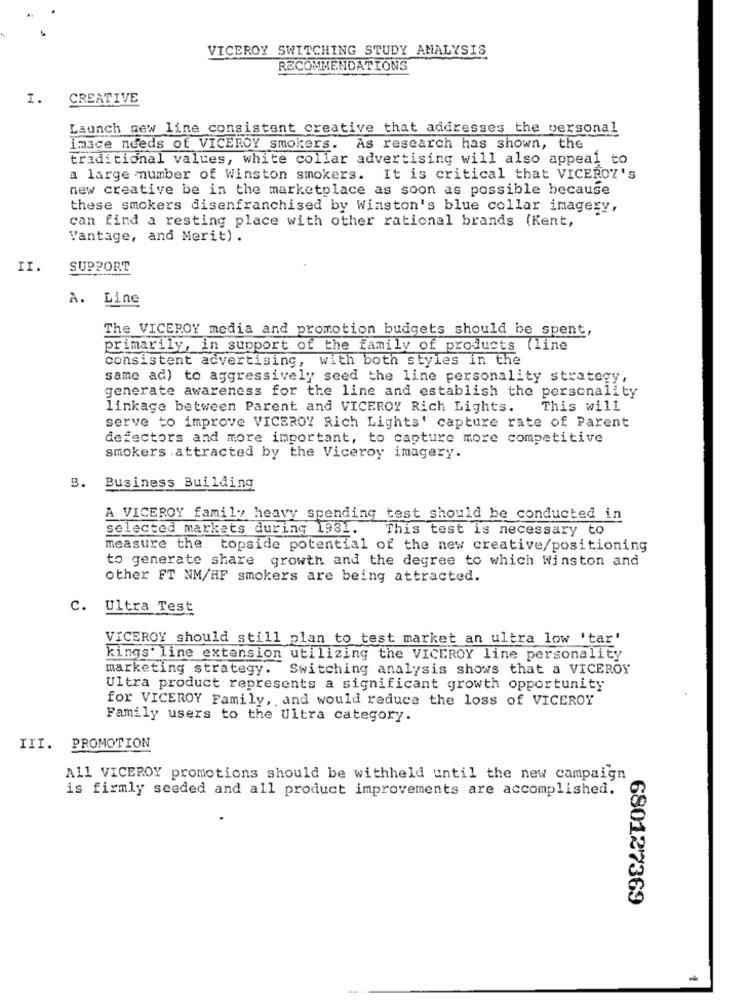
VICEROY SWITCHING STUDY ANALYSIS
RECOMMENDATIONS
I.
CREATIVE
Launch new line consistent creative that addresses the personal
imace needs of VICEROY smokers. As research has shown, the
traditional values, white collar advertising will also appeal to
a large number of Winston smokers. It is critical that VICEROY's
new creative be in the marketplace as soon as possible because
these smokers disenfranchised by Winston's blue collar imagery,
can find a resting place with other rational brands (Kent,
Vantage, and Merit) .
II.
SUPPORT
A. Line
The VICEROY media and promotion budgets should be spent,
primarily, in support of the family of products (line
consistent advertising, with both styles in the
same ad) to aggressively seed the line personality strategy,
generate awareness for the line and establish the personality
linkage between Parent and VICEROY Rich Lights.
This will
serve to improve VICEROY Rich Lights' capture rate of Parent
defectors and more important, to capture more competitive
smokers .attracted by the Viceroy imagery.
3. Business Building
A VICEROY family heavy spending test should be conducted in
selected markets during 1981. This test is necessary to
measure the
topside potential of the new creative/positioning
to generate share growth and the degree to which Winston and
other FT NM/HF smokers are being attracted.
c.
Ultra Test
VICEROY should still plan to test market an ultra low 'tar"
kings' line extension utilizing the VICEROY line personality
marketing strategy. Switching analysis shows that a VICEROY
Ultra product represents a significant growth opportunity
for VICEROY Family, and would reduce the loss of VICEROY
Family users to the Ultra category.
III. PROMOTION
All VICEROY promotions should be withheld until the new campaign
is firmly seeded and all product improvements are accomplished.
680127369
-